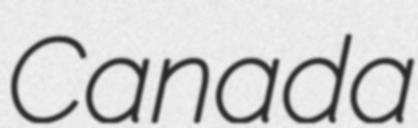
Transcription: Canada